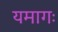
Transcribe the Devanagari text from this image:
यमागः